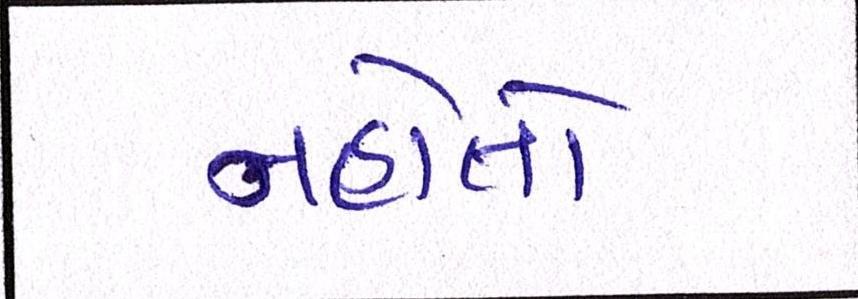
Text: નહોતો